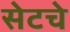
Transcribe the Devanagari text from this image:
सेटचे